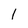
Character: 1